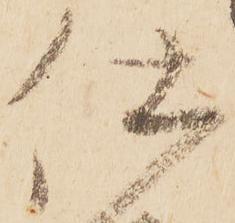
仕